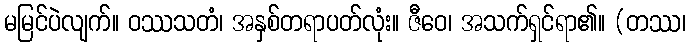
မမြင်ပဲလျက်။ ဝဿသတံ၊ အနှစ်တရာပတ်လုံး။ ဇီဝေ၊ အသက်ရှင်ရာ၏။ (တဿ၊